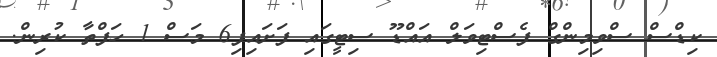
ކިޑްސް ސްވިމިންގް ފެސްޓިވަލް އައްޑޫ ސިޓީގައި ފަށައިފި6 މަސް 1 ހަފްތާ ކުރިން.